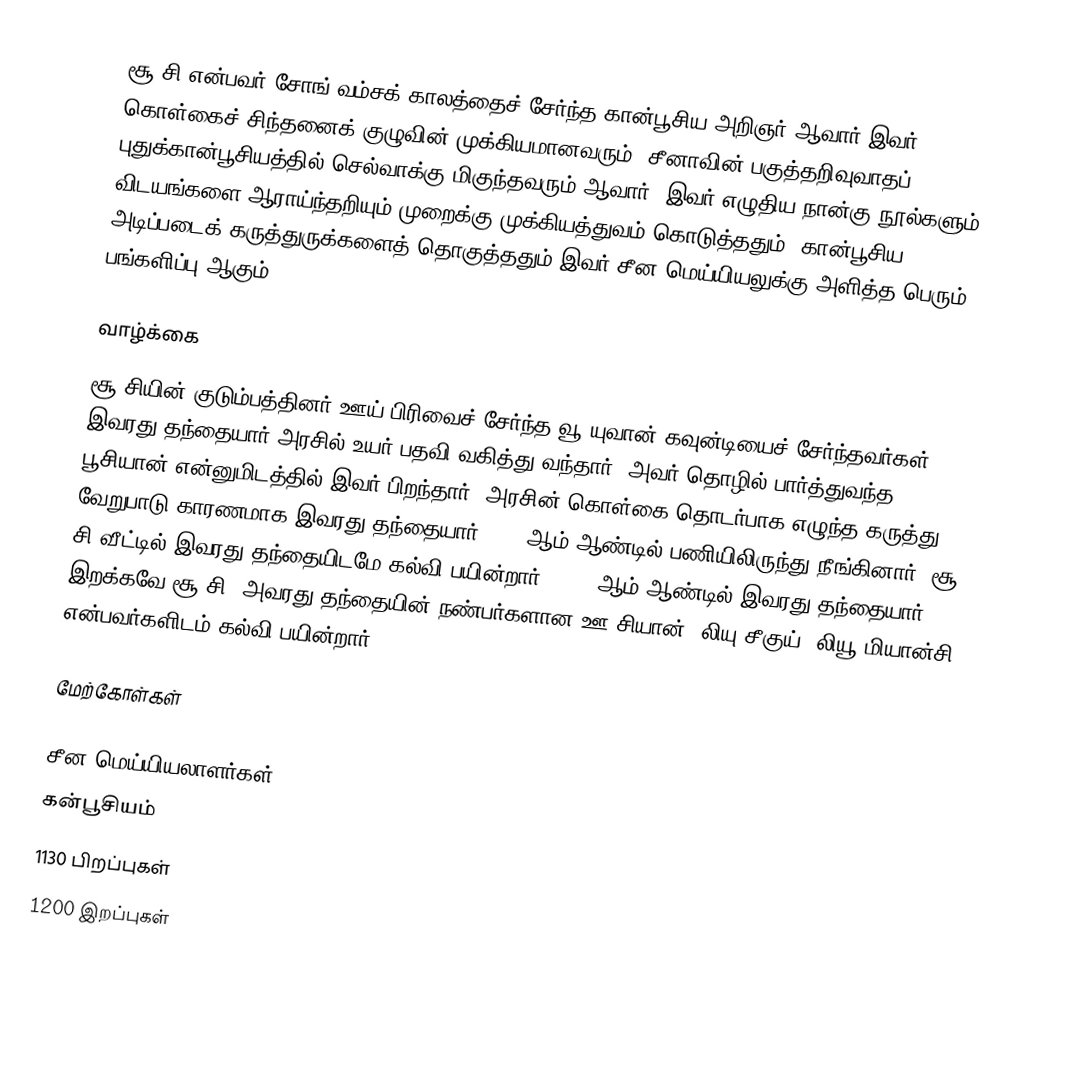
சூ சி என்பவர் சோங் வம்சக் காலத்தைச் சேர்ந்த கான்பூசிய அறிஞர் ஆவார்.இவர் கொள்கைச் சிந்தனைக் குழுவின் முக்கியமானவரும், சீனாவின் பகுத்தறிவுவாதப் புதுக்கான்பூசியத்தில் செல்வாக்கு மிகுந்தவரும் ஆவார். இவர் எழுதிய நான்கு நூல்களும், விடயங்களை ஆராய்ந்தறியும் முறைக்கு முக்கியத்துவம் கொடுத்ததும், கான்பூசிய அடிப்படைக் கருத்துருக்களைத் தொகுத்ததும் இவர் சீன மெய்யியலுக்கு அளித்த பெரும் பங்களிப்பு ஆகும்.

வாழ்க்கை
சூ சியின் குடும்பத்தினர் ஊய் பிரிவைச் சேர்ந்த வூ யுவான் கவுன்டியைச் சேர்ந்தவர்கள். இவரது தந்தையார் அரசில் உயர் பதவி வகித்து வந்தார். அவர் தொழில் பார்த்துவந்த பூசியான் என்னுமிடத்தில் இவர் பிறந்தார். அரசின் கொள்கை தொடர்பாக எழுந்த கருத்து வேறுபாடு காரணமாக இவரது தந்தையார் 1140 ஆம் ஆண்டில் பணியிலிருந்து நீங்கினார். சூ சி வீட்டில் இவரது தந்தையிடமே கல்வி பயின்றார். 1143 ஆம் ஆண்டில் இவரது தந்தையார் இறக்கவே சூ சி, அவரது தந்தையின் நண்பர்களான ஊ சியான், லியு சீகுய், லியூ மியான்சி என்பவர்களிடம் கல்வி பயின்றார்.

மேற்கோள்கள்

சீன மெய்யியலாளர்கள்
கன்பூசியம்
1130 பிறப்புகள்
1200 இறப்புகள்